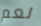
نعم